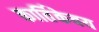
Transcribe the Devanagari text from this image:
कार्तिकेवय